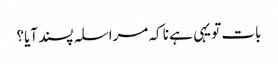
بات تو یہی ہے نا کہ مراسلہ پسند آیا؟